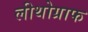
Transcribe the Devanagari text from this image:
लीथोग्राफ